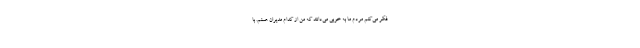
فکر می‌کنم مردم ما به خوبی می‌دانند که من از کدام مدیران هستم. با